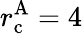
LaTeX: r_{\mathrm{c}}^{\mathrm{A}}=4